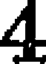
4